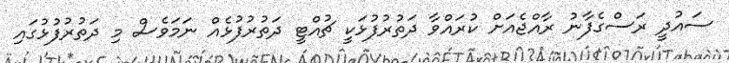
ސައުދީ ރަސްގެފާނު ރާއްޖެއަށް ކުރައްވާ ދަތުރުފުޅަކީ ޗުއްޓީ ދަތުރުފުޅެއް ނަމަވެސް މި ދަތުރުފުޅުގައި